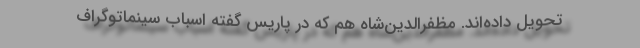
تحویل داده‌اند. مظفرالدین‌شاه هم که در پاریس گفته اسباب سینماتوگراف